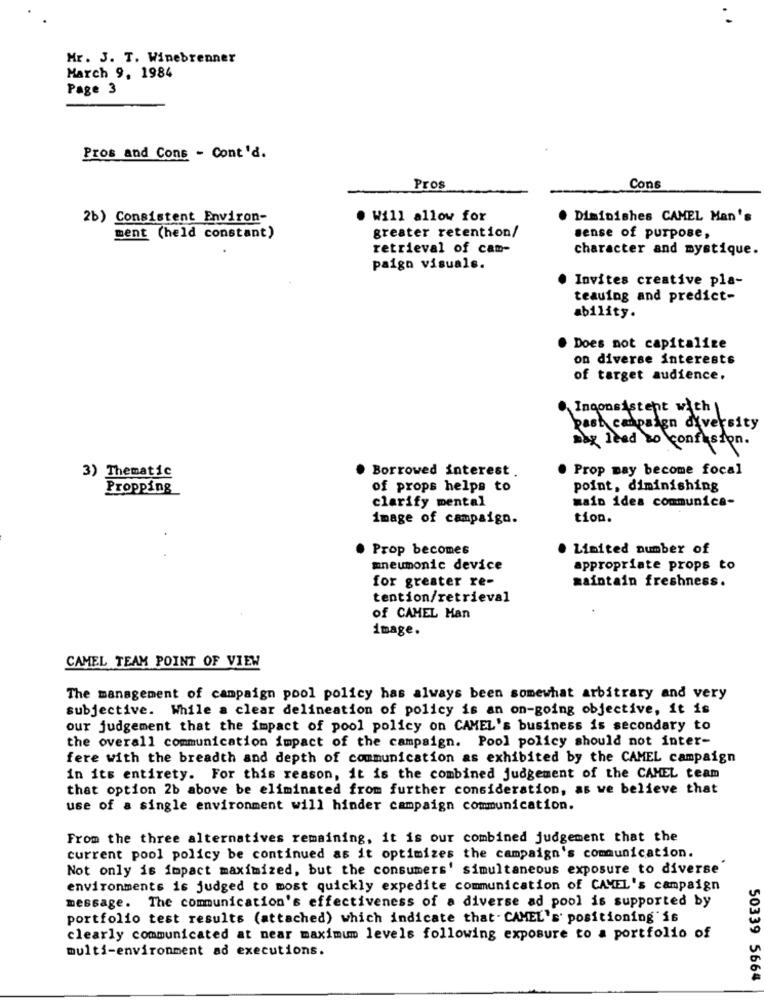
Mr. J. T. Winebrenner
March 9, 1984
Page 3
Pros and Cons - Cont'd.
Pros
Cons
2b) Consistent Environ-
Will allow for
Diminishes CAMEL Man's
ment (held constant)
greater retention/
sense of purpose,
retrieval of cam-
character and mystique.
paign visuals.
Invites creative pla-
teauing and predict-
ability.
Does not capitalize
on diverse interests
of target audience.
Inconsistent with
past campaign diversity
Day lead to confusion.
. Borrowed interest
Prop may become focal
3) Thematic
Propping
of props helps to
point, diminishing
clarify mental
main idea communica-
image of campaign.
tion.
. Prop becomes
· Limited number of
mneumonic device
appropriate props to
for greater re-
maintain freshness.
tention/retrieval
of CAMEL Han
image.
CAMEL TEAM POINT OF VIEW
The management of campaign pool policy has always been somewhat arbitrary and very
subjective. While a clear delineation of policy is an on-going objective, it is
our judgement that the impact of pool policy on CAMEL's business is secondary to
the overall communication impact of the campaign. Pool policy should not inter-
fere with the breadth and depth of communication as exhibited by the CAMEL campaign
in its entirety. For this reason, it is the combined judgement of the CAMEL team
that option 2b above be eliminated from further consideration, as we believe that
use of a single environment will hinder campaign communication.
From the three alternatives remaining, it is our combined judgement that the
current pool policy be continued as it optimizes the campaign's communication.
Not only is impact maximized, but the consumers' simultaneous exposure to diverse
environments is judged to most quickly expedite communication of CAMEL's campaign
message. The communication's effectiveness of a diverse ad pool is supported by
portfolio test results (attached) which indicate that- CAMEL's' positioning is
clearly communicated at near maximum levels following exposure to a portfolio of
multi-environment ad executions.
50339 5664